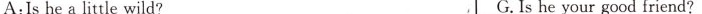
A:Is he a little wild? G. Is he your good friend?